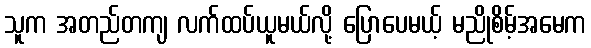
သူက အတည်တကျ လက်ထပ်ယူမယ်လို့ ပြောပေမယ့် မညိုစိမ့်အမေက